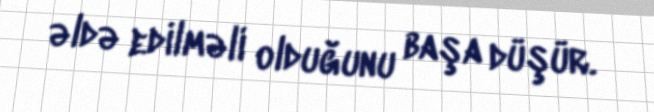
əldə edilməli olduğunu başa düşür.